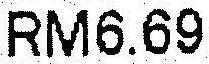
RM6.69